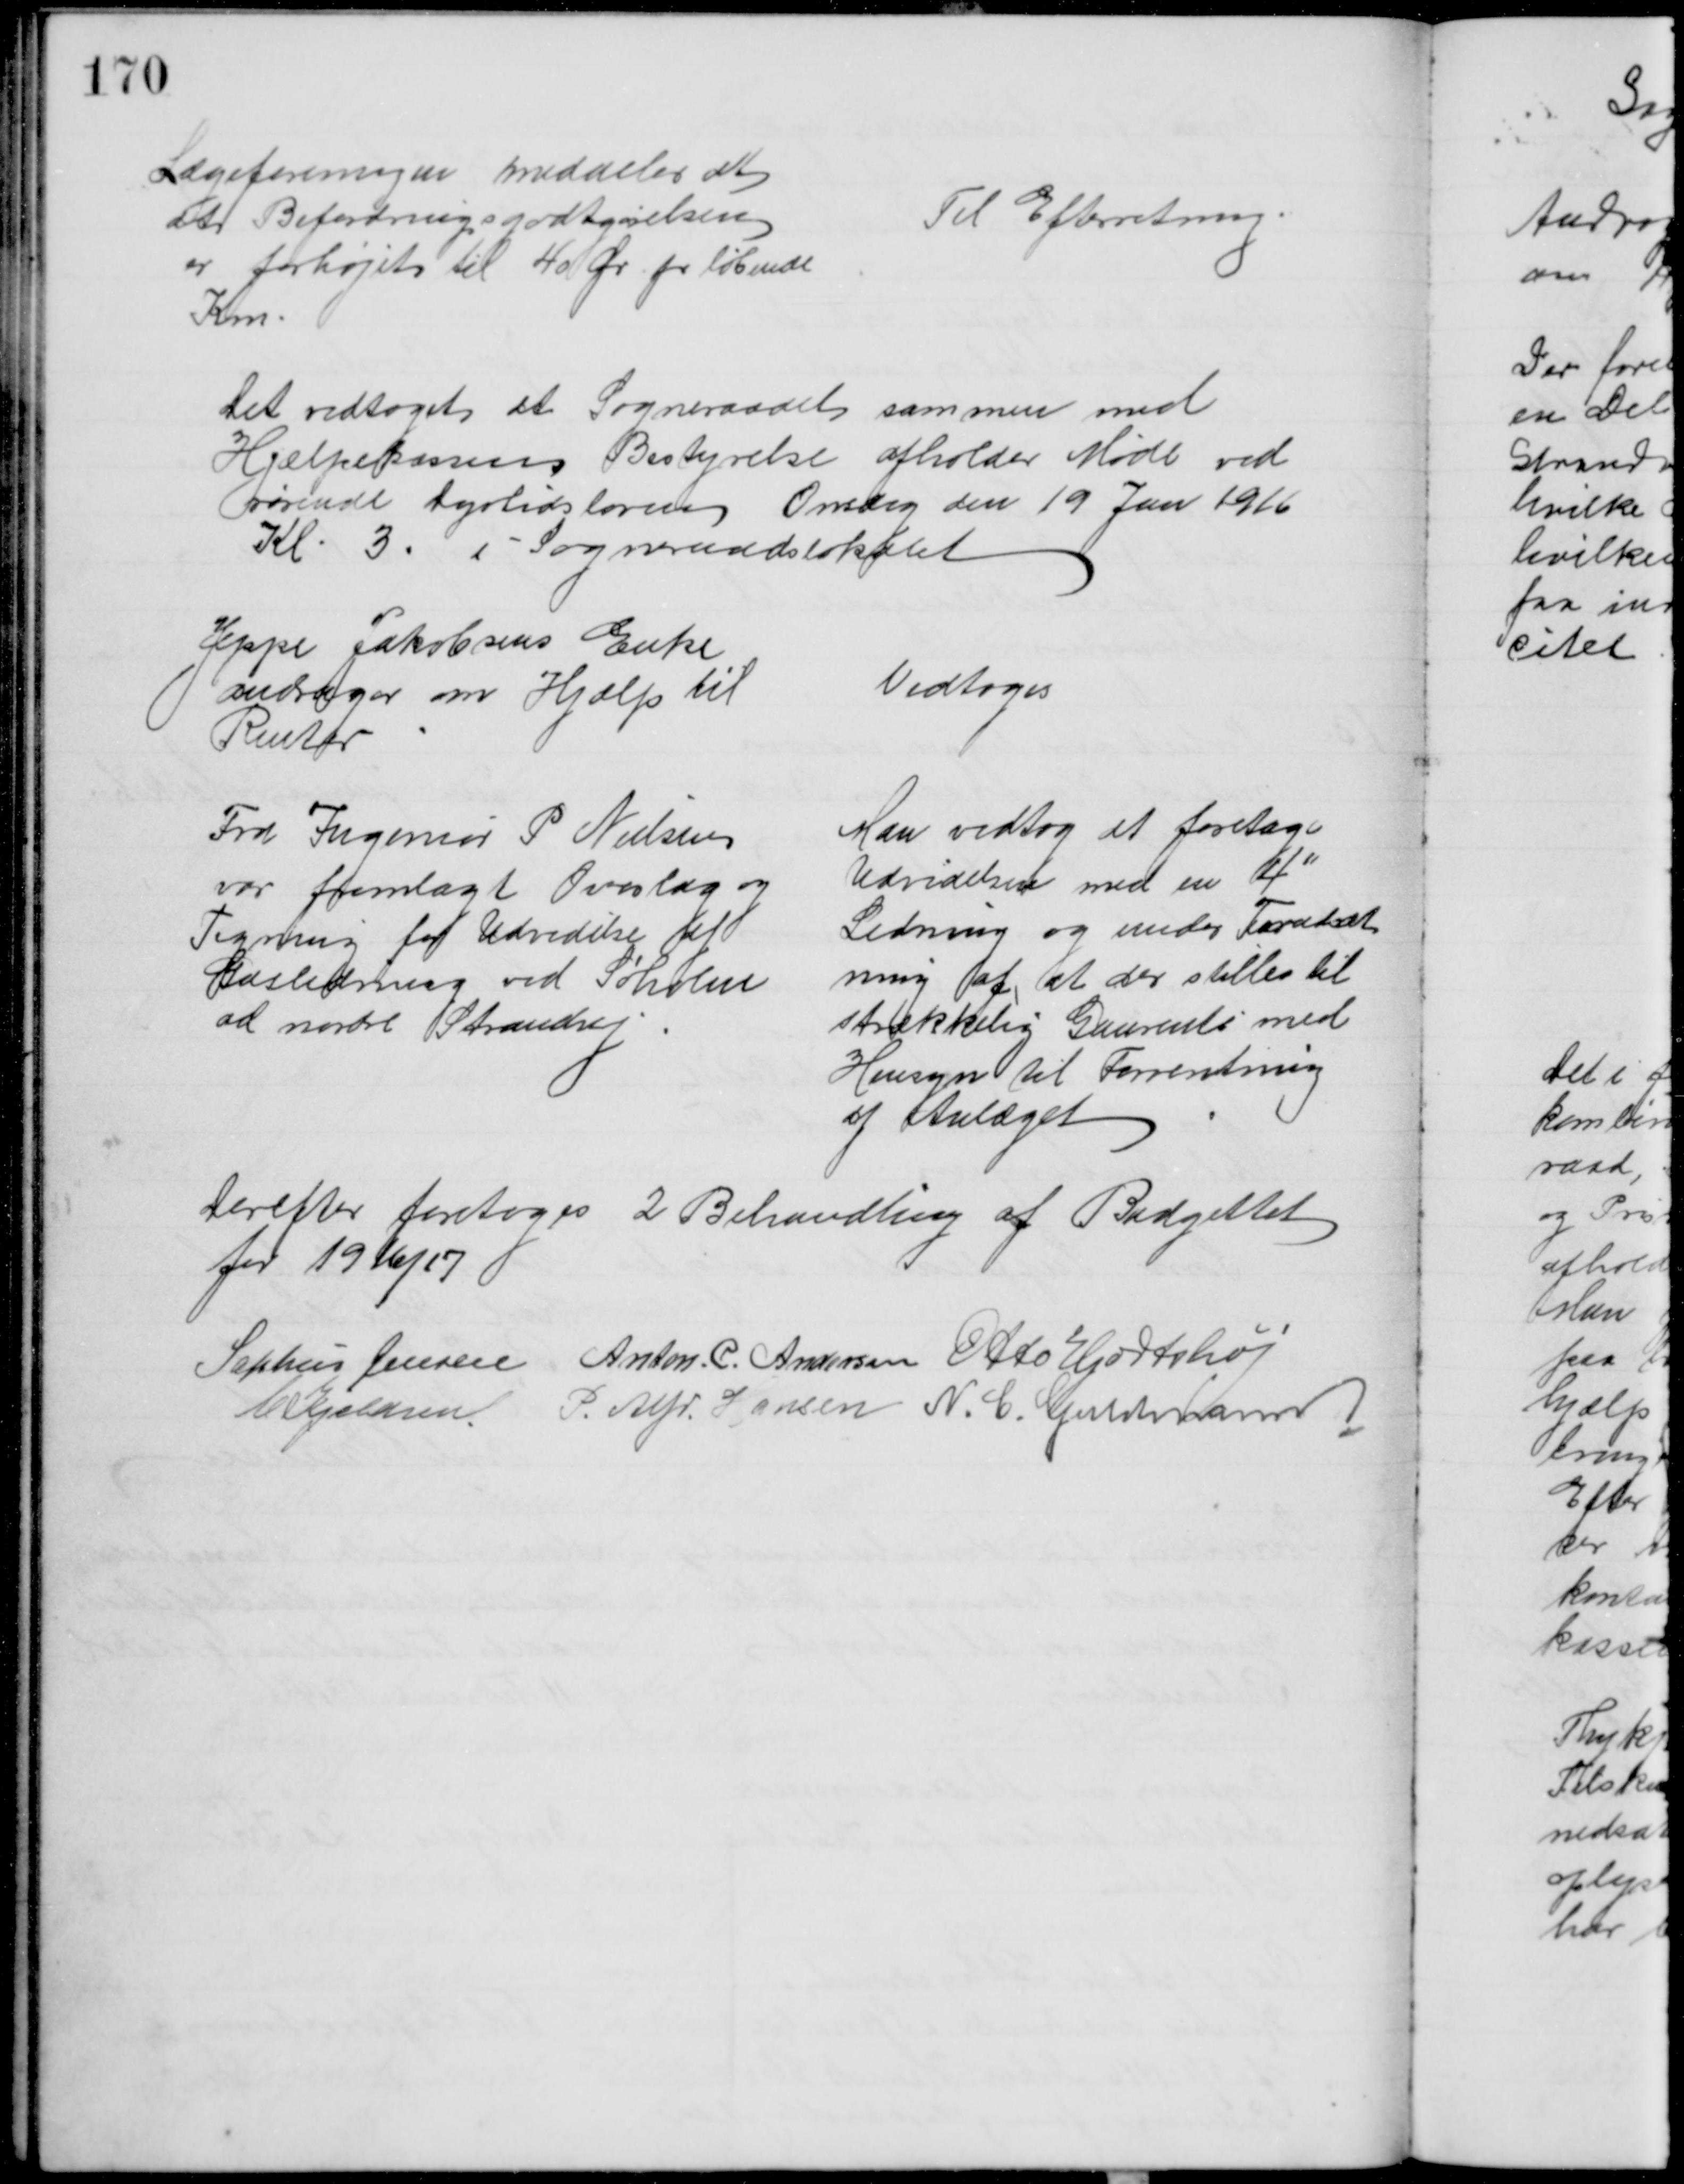
Transskription:
Lægeforeningen meddeler at
at Befordringsgodtgørelsen
er forhøjet til 40 Ør pr løbende
Km.
Til Efterretning.
Det vedtoges at Sogneraadet sammen med 
Hjælpekassens Bestyrelse afholder Møde ved
rørende Dyrtidsloven Onsdag den 19 Jan 1916
Kl. 3. i Sogneraadslokalet
Jeppe Jakobsens Enke
andrager om Hjælp til
Renter
Vedtoges
Fra Ingeniør P Nielsen
var fremlagt Overslag og 
Tegning for Udvidelse af
Gasledning ved Søholm
ad nordre Strandvej
Man vedtog at foretage
Udvidelsen med en 4"
Ledning og under Forudsæt
ning af, at der stilles til
strækkelig Gaarenti med
Hensyn til Forrentning
af Anlæget
Derefter foretoges 2 Behandling af Budgettet
for 1916/17
Sophus Jensen Anton. C. Andersen Otto Hjortshøj
C. Kjeldsen P. Alfr. Hansen N. C. Guldmann